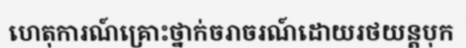
ហេតុការណ៍គ្រោះថ្នាក់ចរាចរណ៍ដោយរថយន្តបុក